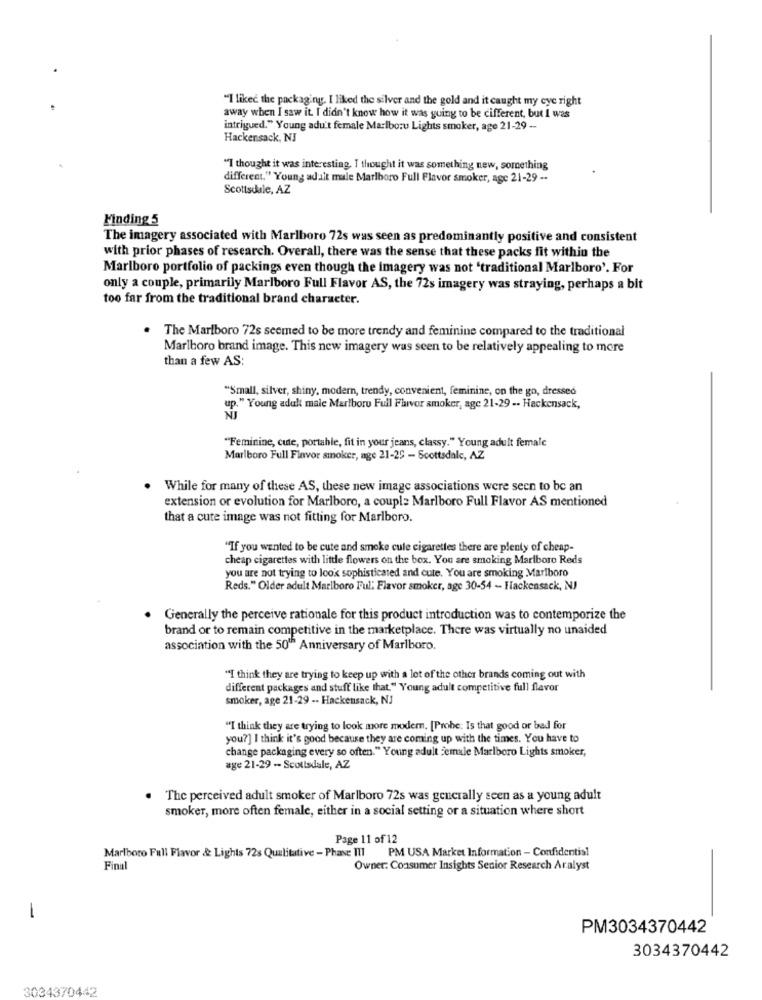
"I likec the packaging. I liked the silver and the gold and it caught my eye right
away when I saw it. I didn't know how it was going to be cifferent, but I was
intrigued." Young adu't female Marlboro Lights smoker, age 21-29 --
Hackensack, NJ
"I thought it was interesting. I thought it was something new, something
different." Young adult male Marlboro Full Flavor smoker, age 21-29 -.
Scottsdale, AZ
Finding 5
The imagery associated with Marlboro 72s was seen as predominantly positive and consistent
with prior phases of research. Overall, there was the sense that these packs fit within the
Marlboro portfolio of packings even though the Imagery was not 'traditional Marlboro'. For
only a couple, primarily Marlboro Full Flavor AS, the 72s imagery was straying, perhaps a bit
too far from the traditional brand character.
. The Marlboro 72s seemed to be more trendy and feminine compared to the traditional
Marlboro brand image. This new imagery was seen to be relatively appealing to more
than a few AS:
"Small, silver, shiny, modern, trendy, convenient, feminine, on the go, dressed
up." Young adult male Marlboro Full Flavor smoker, age 21-29 -. Hackensack,
"Feminine, cute, portahle, fit in your jeans, classy." Young adult female
Marlboro Full Flavor smoker, age 21-25 - Scottsdale, AZ
While for many of these AS, these new image associations were seen to be an
extension or evolution for Marlboro, a couple Marlboro Full Flavor AS mentioned
that a cute image was not fitting for Marlboro.
"If you wanted to be cute and smoke cule cigarettes there are plenty of cheap-
cheap cigarettes with little flowers on the box. You are smoking Marlboro Reds
you are not trying to look sophisticated and cute. You are smoking Marlboro
Reds." Older adult Marlboro Ful: Flavor smoker, age 30-54 - Hackensack, NJ
Generally the perceive rationale for this product introduction was to contemporize the
brand or to remain competitive in the marketplace. There was virtually no unaided
association with the 50th Anniversary of Marlboro.
"I think they are trying to keep up with a lot of the other brands coming out with
different packages and stuff like that." Young adult competitive full flavor
smoker, age 21-29 -- Hackensack, NJ
"I think they are trying to look more modern. [Probe: Is that good or bad for
you?] I think it's good because they are coming up with the times. You have to
change packaging every so often." Young adult Female Marlboro Lights smoker,
age 21-29 -- Scottsdale, AZ
The perceived adult smoker of Marlboro 72s was generally seen as a young adult
smoker, more often female, either in a social setting or a situation where short
Page 11 of 12
Marlboro Full Flavor & Lights 72s Qualitative - Phase III PM USA Market Information - Confidentisl
Final
Owner: Consumer Insights Senior Research Aralyst
-
PM3034370442
3034370442
3034370442